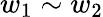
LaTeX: w_{1}\sim w_{2}